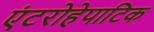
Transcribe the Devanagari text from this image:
एंटरोहेपाटिक